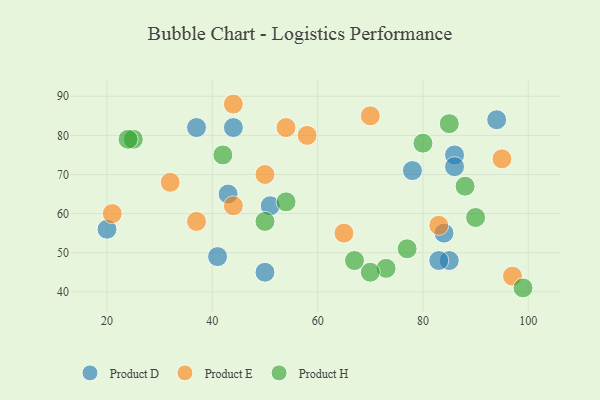
{"axis": {"x": "GDP", "y": "Life Expectancy"}, "legend": ["Product D", "Product E", "Product H"], "data": [{"x": "86", "y": 75, "type": "Product D"}, {"x": "50", "y": 45, "type": "Product D"}, {"x": "78", "y": 71, "type": "Product D"}, {"x": "20", "y": 56, "type": "Product D"}, {"x": "94", "y": 84, "type": "Product D"}, {"x": "44", "y": 82, "type": "Product D"}, {"x": "43", "y": 65, "type": "Product D"}, {"x": "37", "y": 82, "type": "Product D"}, {"x": "86", "y": 72, "type": "Product D"}, {"x": "51", "y": 62, "type": "Product D"}, {"x": "85", "y": 48, "type": "Product D"}, {"x": "84", "y": 55, "type": "Product D"}, {"x": "83", "y": 48, "type": "Product D"}, {"x": "41", "y": 49, "type": "Product D"}, {"x": "44", "y": 88, "type": "Product E"}, {"x": "32", "y": 68, "type": "Product E"}, {"x": "83", "y": 57, "type": "Product E"}, {"x": "21", "y": 60, "type": "Product E"}, {"x": "95", "y": 74, "type": "Product E"}, {"x": "44", "y": 62, "type": "Product E"}, {"x": "97", "y": 44, "type": "Product E"}, {"x": "54", "y": 82, "type": "Product E"}, {"x": "70", "y": 85, "type": "Product E"}, {"x": "37", "y": 58, "type": "Product E"}, {"x": "50", "y": 70, "type": "Product E"}, {"x": "65", "y": 55, "type": "Product E"}, {"x": "58", "y": 80, "type": "Product E"}, {"x": "50", "y": 58, "type": "Product H"}, {"x": "42", "y": 75, "type": "Product H"}, {"x": "25", "y": 79, "type": "Product H"}, {"x": "24", "y": 79, "type": "Product H"}, {"x": "90", "y": 59, "type": "Product H"}, {"x": "67", "y": 48, "type": "Product H"}, {"x": "54", "y": 63, "type": "Product H"}, {"x": "73", "y": 46, "type": "Product H"}, {"x": "88", "y": 67, "type": "Product H"}, {"x": "70", "y": 45, "type": "Product H"}, {"x": "77", "y": 51, "type": "Product H"}, {"x": "80", "y": 78, "type": "Product H"}, {"x": "85", "y": 83, "type": "Product H"}, {"x": "99", "y": 41, "type": "Product H"}]}